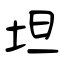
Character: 坦